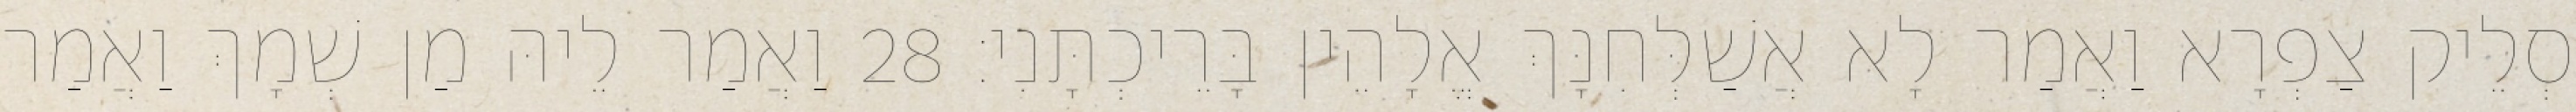
סְלֵיק צַפְרָא וַאֲמַר לָא אֲשַׁלְּחִנָּךְ אֱלָהֵין בָּרֵיכְתָּנִי׃ 28 וַאֲמַר לֵיהּ מַן שְׁמָךְ וַאֲמַר